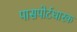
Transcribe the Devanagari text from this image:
पासपोर्टधारक